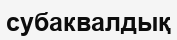
субаквалдық